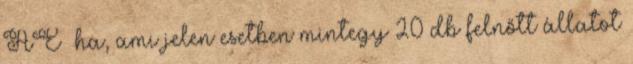
ÁE ha, ami jelen esetben mintegy 20 db felnőtt állatot